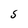
Character: S